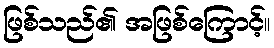
ဖြစ်သည်၏ အဖြစ်ကြောင့်။